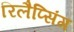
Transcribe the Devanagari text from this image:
रिलैप्सिंग